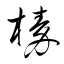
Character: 榛